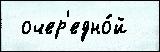
 очер'едно́й